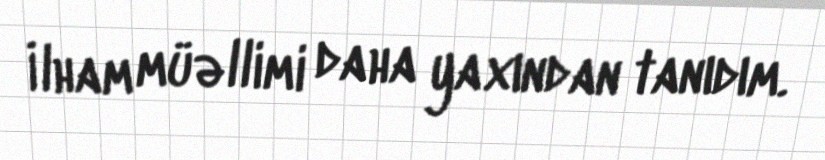
İlham müəllimi daha yaxından tanıdım.